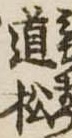
道松